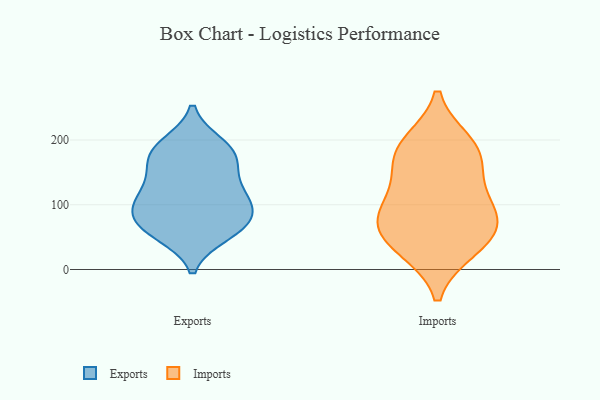
{"axis": {"x": "Humidity (%)", "y": "Value"}, "legend": ["Exports", "Imports"], "data": [{"x": "", "y": 180, "type": "Exports"}, {"x": "", "y": 171, "type": "Exports"}, {"x": "", "y": 192, "type": "Exports"}, {"x": "", "y": 61, "type": "Exports"}, {"x": "", "y": 87, "type": "Exports"}, {"x": "", "y": 70, "type": "Exports"}, {"x": "", "y": 105, "type": "Exports"}, {"x": "", "y": 150, "type": "Exports"}, {"x": "", "y": 101, "type": "Exports"}, {"x": "", "y": 113, "type": "Exports"}, {"x": "", "y": 127, "type": "Exports"}, {"x": "", "y": 55, "type": "Exports"}, {"x": "", "y": 70, "type": "Exports"}, {"x": "", "y": 184, "type": "Exports"}, {"x": "", "y": 94, "type": "Imports"}, {"x": "", "y": 74, "type": "Imports"}, {"x": "", "y": 177, "type": "Imports"}, {"x": "", "y": 38, "type": "Imports"}, {"x": "", "y": 194, "type": "Imports"}, {"x": "", "y": 33, "type": "Imports"}, {"x": "", "y": 139, "type": "Imports"}, {"x": "", "y": 182, "type": "Imports"}, {"x": "", "y": 92, "type": "Imports"}, {"x": "", "y": 62, "type": "Imports"}]}